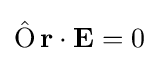
\operatorname {\hat {O}} {\mathbf {r} }\cdot \mathbf {E} =0